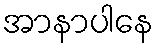
အာနာပါနေ